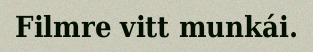
Filmre vitt munkái.